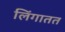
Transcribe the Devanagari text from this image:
लिंगातत